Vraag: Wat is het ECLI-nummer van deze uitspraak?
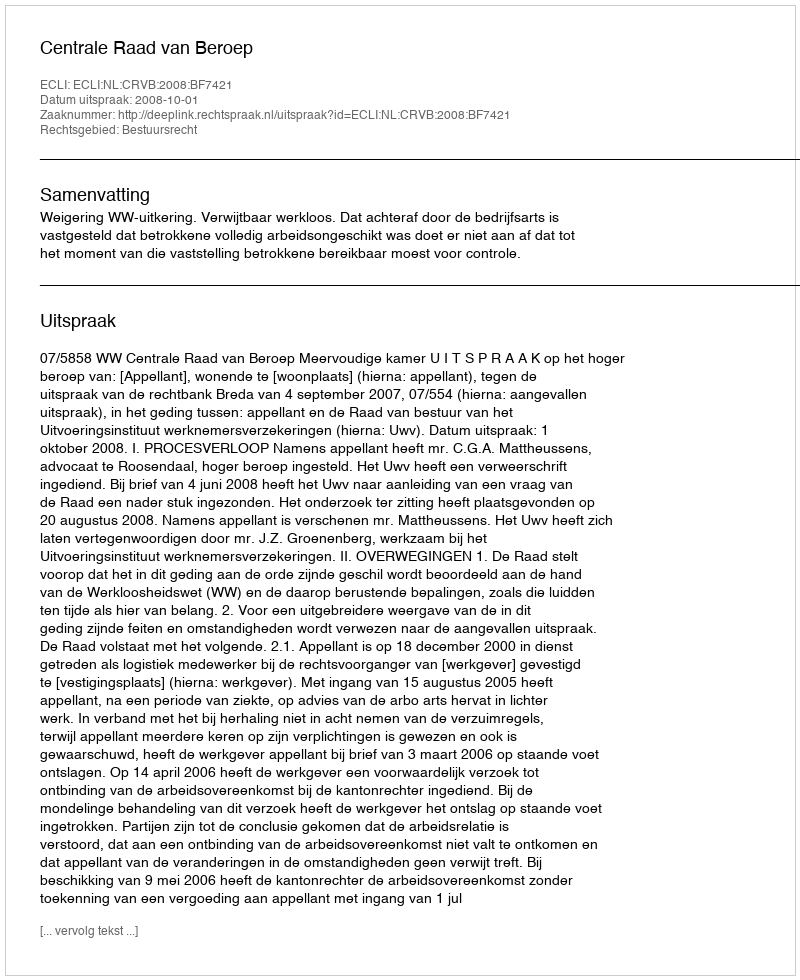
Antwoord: ECLI:NL:CRVB:2008:BF7421